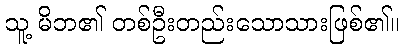
သူ့ မိဘ၏ တစ်ဦးတည်းသောသားဖြစ်၏။